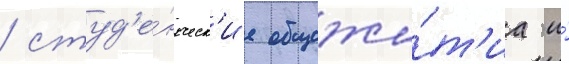
/ студ'е́нческ'ие общежи́т'иа и́